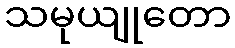
သမုယျုတော